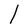
Character: l